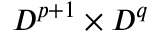
D ^ { p + 1 } \times D ^ { q }